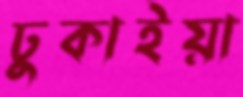
ঢুকাইয়া